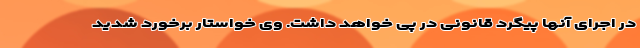
در اجرای آنها پیگرد قانونی در پی خواهد داشت. وی خواستار برخورد شدید